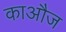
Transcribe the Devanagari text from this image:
काऔज